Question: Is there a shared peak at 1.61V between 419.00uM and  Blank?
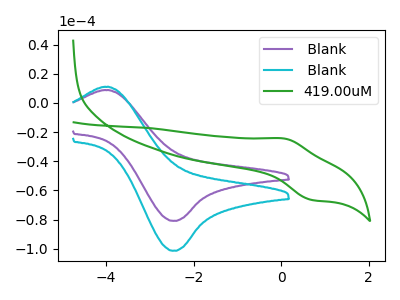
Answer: <think>The purple curve " Blank" has an anodic peak at (-3.95V, 8.85uA) and a cathodic peak at (-2.50V, -80.85uA). The cyan curve " Blank" has an anodic peak at (-3.95V, 11.10uA) and a cathodic peak at (-2.50V, -101.30uA). The green curve "419.00uM" has an anodic peak at (0.10V, -24.45uA) and a cathodic peak at (0.70V, -66.35uA).</think>
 <answer>No, "419.00uM" and " Blank" dont share a peak at 1.61V.</answer>
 <eval>mismatch</eval>